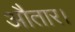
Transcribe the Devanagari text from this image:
औतार।